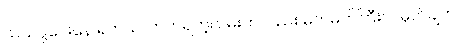
သယ်ပို့ပေးနေ ရတယ်၊ တက်ရတဲ့လမ်းကလည်း မတ်မတ်ကြီးပဲ။ မှတ်ချက် ။